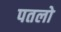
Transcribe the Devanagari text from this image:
पतलो